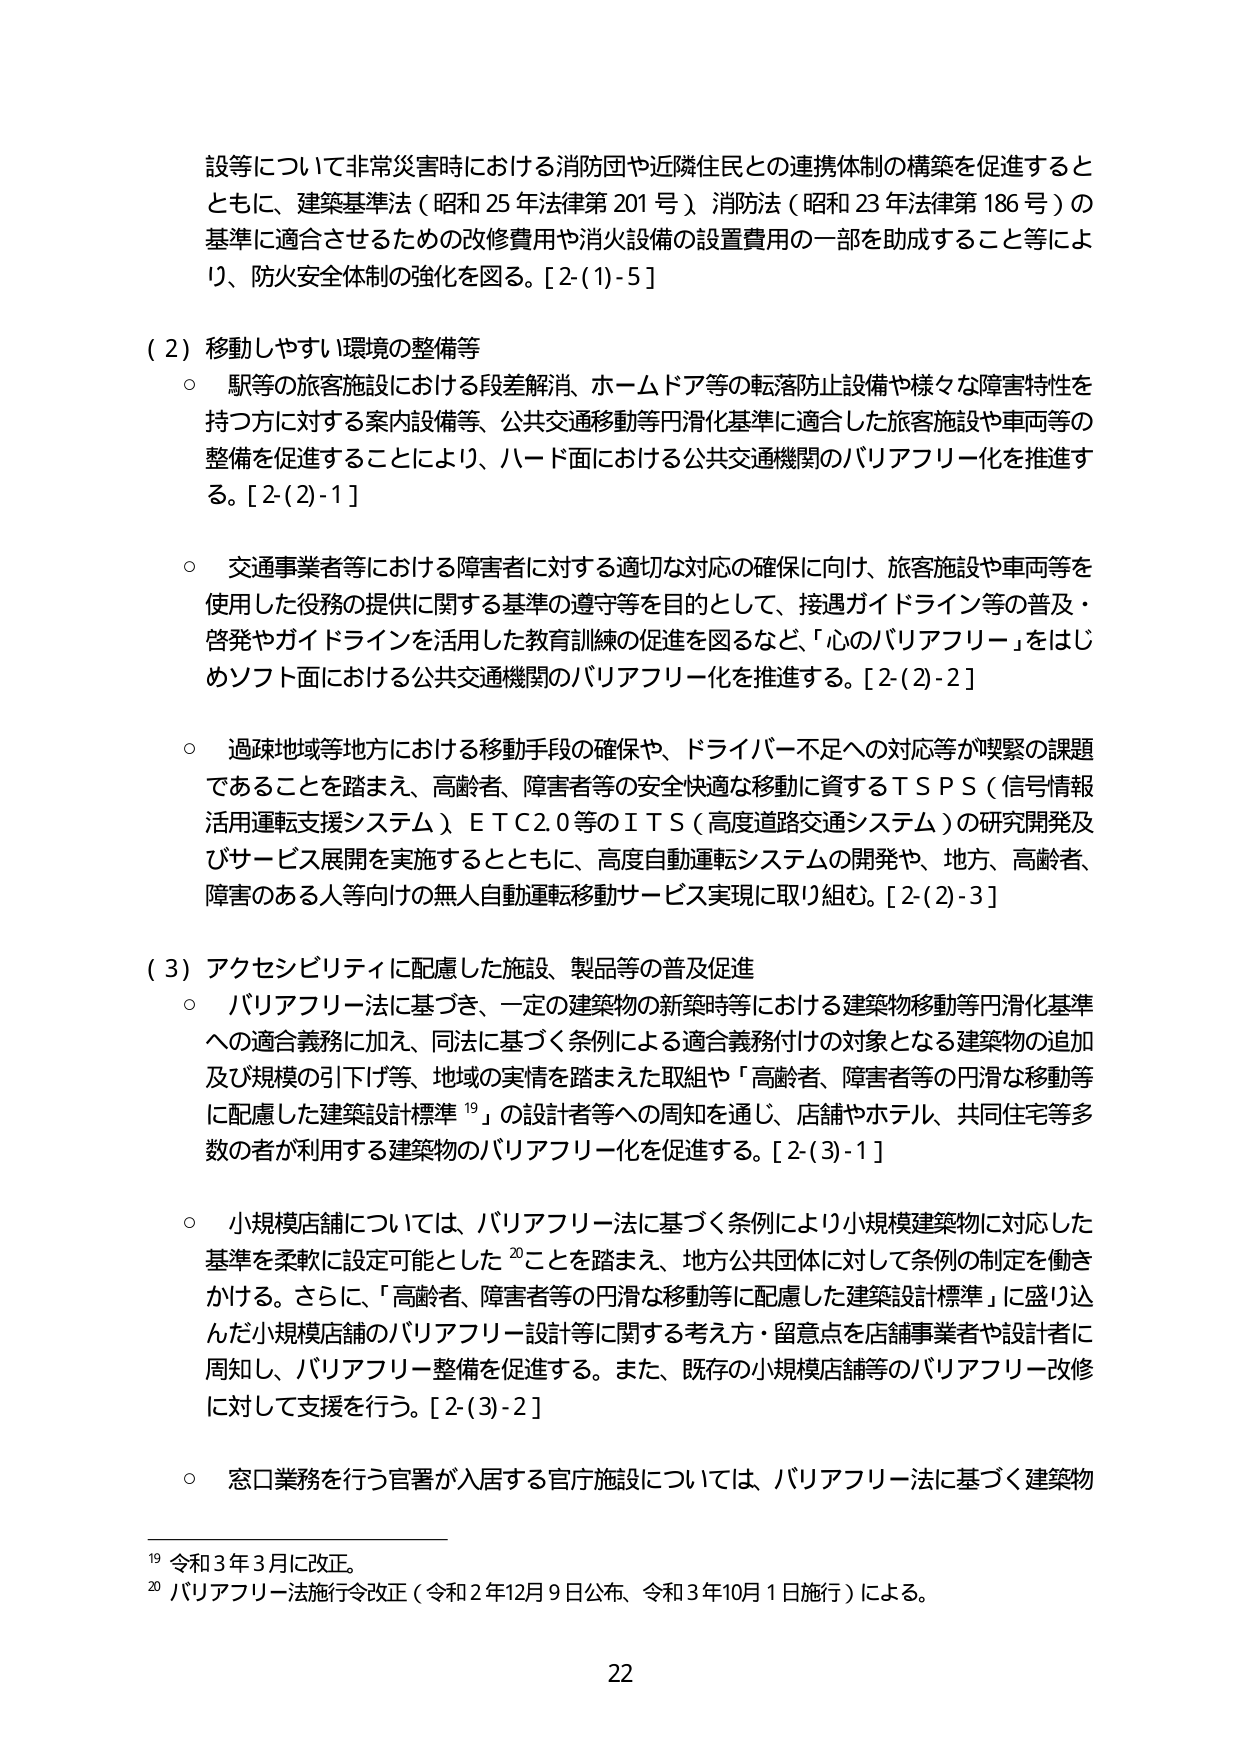
設等について非常災害時における消防団や近隣住民との連携体制の構築を促進するとともに、建築基準法（昭和25年法律第201号）、消防法（昭和23年法律第186号）の基準に適合させるための改修費用や消火設備の設置費用の一部を助成すること等により、防火安全体制の強化を図る。[2-(1)-5]

（2）移動しやすい環境の整備等
○ 駅等の旅客施設における段差解消、ホームドア等の転落防止設備や様々な障害特性を持つ方に対する案内設備等、公共交通移動等円滑化基準に適合した旅客施設や車両等の整備を促進することにより、ハード面における公共交通機関のバリアフリー化を推進する。[2-(2)-1]

○ 交通事業者等における障害者に対する適切な対応の確保に向け、旅客施設や車両等を使用した役務の提供に関する基準の遵守等を目的として、接遇ガイドライン等の普及・啓発やガイドラインを活用した教育訓練の促進を図るなど、「心のバリアフリー」をはじめソフト面における公共交通機関のバリアフリー化を推進する。[2-(2)-2]

○ 過疎地域等地方における移動手段の確保や、ドライバー不足への対応等が喫緊の課題であることを踏まえ、高齢者、障害者等の安全快適な移動に資するＴＳＰＳ（信号情報活用運転支援システム）、ＥＴＣ2.0等のＩＴＳ（高度道路交通システム）の研究開発及びサービス展開を実施するとともに、高度自動運転システムの開発や、地方、高齢者、障害のある人等向けの無人自動運転移動サービス実現に取り組む。[2-(2)-3]

（3）アクセシビリティに配慮した施設、製品等の普及促進
○ バリアフリー法に基づき、一定の建築物の新築時等における建築物移動等円滑化基準への適合義務に加え、同法に基づく条例による適合義務付けの対象となる建築物の追加及び規模の引下げ等、地域の実情を踏まえた取組や「高齢者、障害者等の円滑な移動等に配慮した建築設計標準¹⁹」の設計者等への周知を通じ、店舗やホテル、共同住宅等多数の者が利用する建築物のバリアフリー化を促進する。[2-(3)-1]

○ 小規模店舗については、バリアフリー法に基づく条例により小規模建築物に対応した基準を柔軟に設定可能とした²⁰ことを踏まえ、地方公共団体に対して条例の制定を働きかける。さらに、「高齢者、障害者等の円滑な移動等に配慮した建築設計標準」に盛り込んだ小規模店舗のバリアフリー設計等に関する考え方・留意点を店舗事業者や設計者に周知し、バリアフリー整備を促進する。また、既存の小規模店舗等のバリアフリー改修に対して支援を行う。[2-(3)-2]

○ 窓口業務を行う官署が入居する官庁施設については、バリアフリー法に基づく建築物

¹⁹ 令和3年3月に改正。
²⁰ バリアフリー法施行令改正（令和2年12月9日公布、令和3年10月1日施行）による。

22